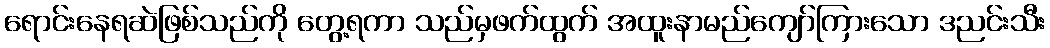
ရောင်းနေရဆဲဖြစ်သည်ကို တွေ့ရကာ သည်မှဖက်ထွက် အထူးနာမည်ကျော်ကြားသော ဒညင်းသီး